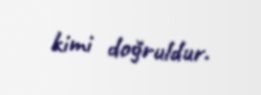
kimi doğruldur.